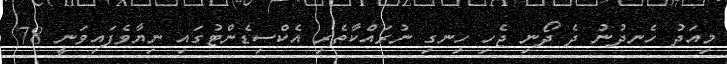
މިއަދު ހެނދުނު ދެ ދޯނި ޖެހި ހިނގި ނުރައްކާތެރި އެކްސިޑެންޓުގައި ނިޔާވެފައިވަނީ 78